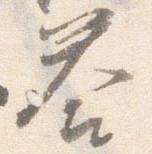
答